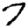
Digit: 7